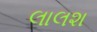
લાલશ